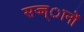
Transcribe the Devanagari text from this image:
सज्ज्ानों